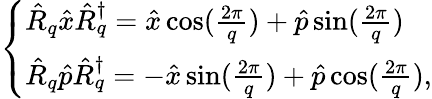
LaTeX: \begin{array}{r}{\left\{ \begin{array}{lll}{\hat{R}_{q}\hat{x}\hat{R}_{q}^{\dagger}=\hat{x}\cos(\frac{2\pi}{q})+\hat{p}\sin(\frac{2\pi}{q})}\\ {\hat{R}_{q}\hat{p}\hat{R}_{q}^{\dagger}=-\hat{x}\sin(\frac{2\pi}{q})+\hat{p}\cos(\frac{2\pi}{q}),}\end{array}\right.}\end{array}